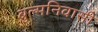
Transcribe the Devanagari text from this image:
बुल्मनिवासी